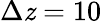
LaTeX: \Delta\mathit{z}=10